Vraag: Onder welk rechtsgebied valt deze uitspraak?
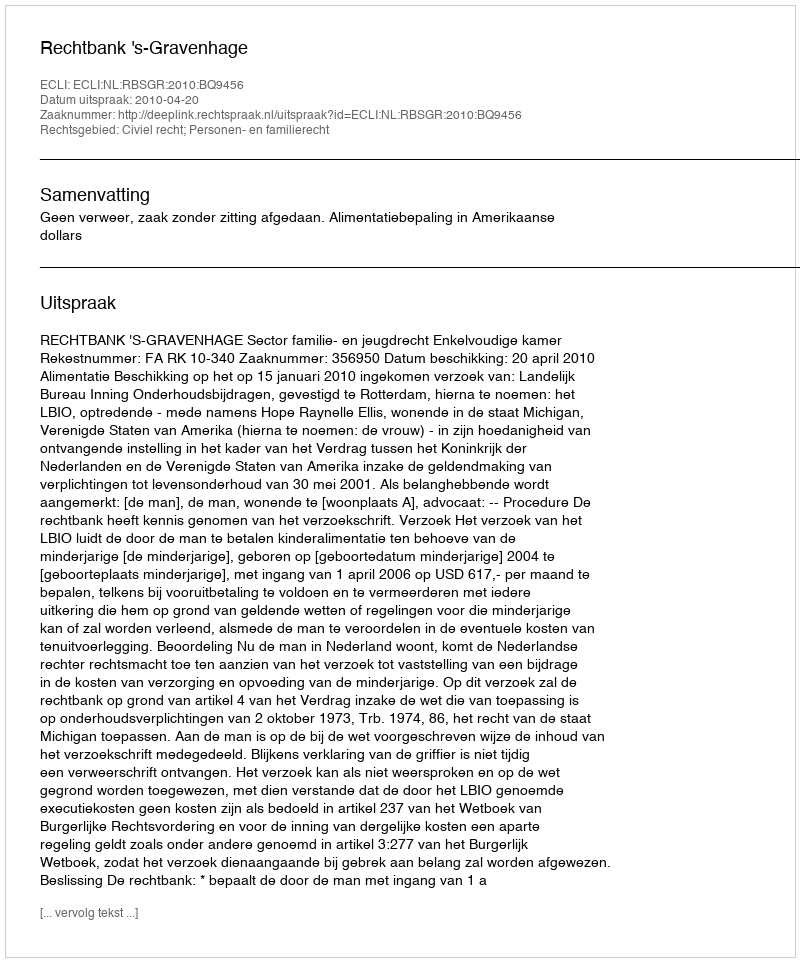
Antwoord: Civiel recht; Personen- en familierecht